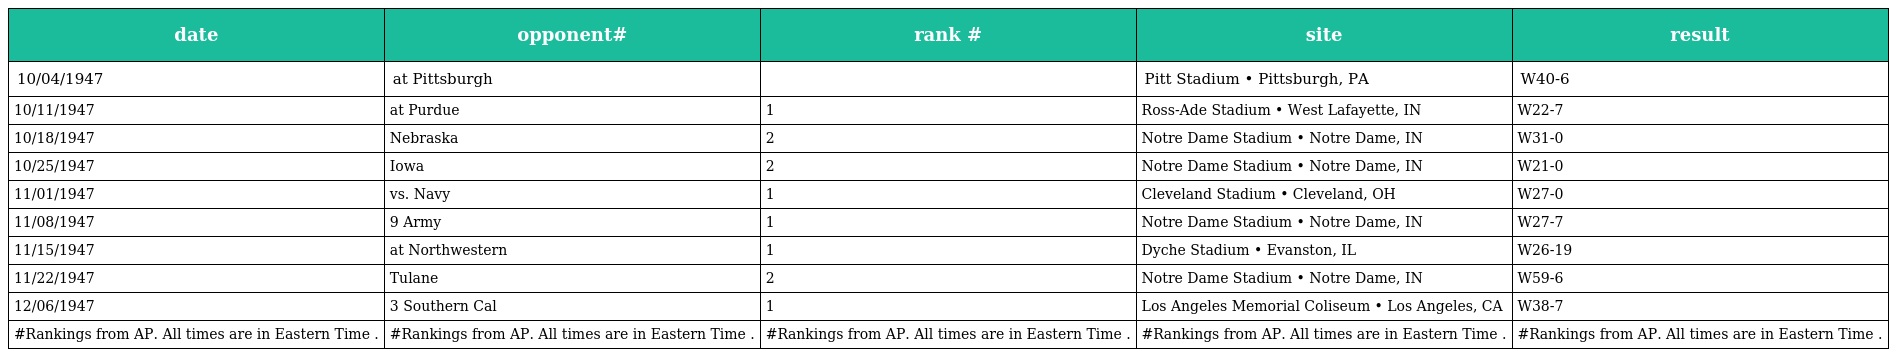
| date | opponent# | rank # | site | result |
 | --- | --- | --- | --- | --- |
 | 10/04/1947 | at Pittsburgh |  | Pitt Stadium • Pittsburgh, PA | W40-6 |
 | 10/11/1947 | at Purdue | 1 | Ross-Ade Stadium • West Lafayette, IN | W22-7 |
 | 10/18/1947 | Nebraska | 2 | Notre Dame Stadium • Notre Dame, IN | W31-0 |
 | 10/25/1947 | Iowa | 2 | Notre Dame Stadium • Notre Dame, IN | W21-0 |
 | 11/01/1947 | vs. Navy | 1 | Cleveland Stadium • Cleveland, OH | W27-0 |
 | 11/08/1947 | 9 Army | 1 | Notre Dame Stadium • Notre Dame, IN | W27-7 |
 | 11/15/1947 | at Northwestern | 1 | Dyche Stadium • Evanston, IL | W26-19 |
 | 11/22/1947 | Tulane | 2 | Notre Dame Stadium • Notre Dame, IN | W59-6 |
 | 12/06/1947 | 3 Southern Cal | 1 | Los Angeles Memorial Coliseum • Los Angeles, CA | W38-7 |
 | #Rankings from AP. All times are in Eastern Time . | #Rankings from AP. All times are in Eastern Time . | #Rankings from AP. All times are in Eastern Time . | #Rankings from AP. All times are in Eastern Time . | #Rankings from AP. All times are in Eastern Time . |